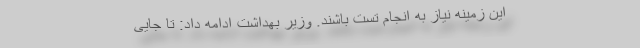
این زمینه نیاز به انجام تست باشند. وزیر بهداشت ادامه داد: تا جایی